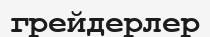
грейдерлер